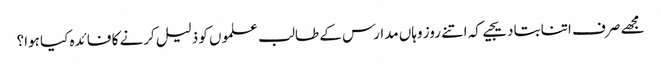
مجھے صرف اتنا بتادیجیے کہ اتنے روز وہاں مدارس کے طالب علموں کو ذلیل کرنے کا فائدہ کیا ہوا؟